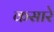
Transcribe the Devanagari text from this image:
कसारे